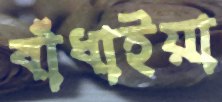
বাঁধাইয়া